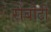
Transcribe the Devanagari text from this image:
रोबोटी